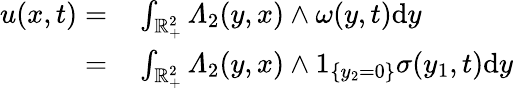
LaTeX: \begin{array}{rl}{u(x,t)=}&{{}\int_{\mathbb{R}_{+}^{2}}\varLambda_{2}(y,x)\wedge\omega(y,t)\mathrm{d}y}\\ {=}&{{}\int_{\mathbb{R}_{+}^{2}}\varLambda_{2}(y,x)\wedge 1_{\{ y_{2}=0\} }\sigma(y_{1},t)\mathrm{d}y}\end{array}